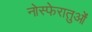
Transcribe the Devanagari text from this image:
नोस्फेरातुओं